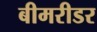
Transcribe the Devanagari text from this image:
बीमरीडर